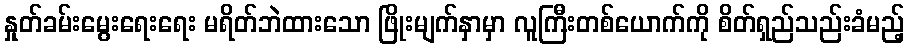
နှုတ်ခမ်းမွေးရေးရေး မရိတ်ဘဲထားသော ဖြိုးမျက်နှာမှာ လူကြီးတစ်ယောက်ကို စိတ်ရှည်သည်းခံမည့်